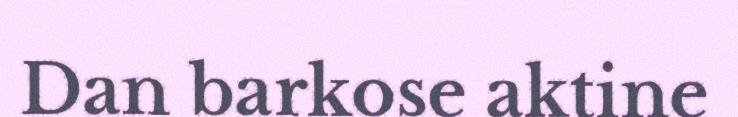
Dan barkose aktine